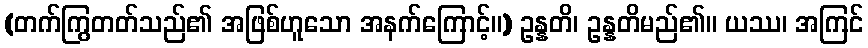
(တက်ကြွတတ်သည်၏ အဖြစ်ဟူသော အနက်ကြောင့်။) ဥန္နတိ၊ ဥန္နတိမည်၏။ ယဿ၊ အကြင်